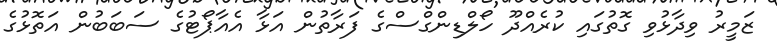
ޒަމީރު ވިދާޅުވި ގޮތުގައި ކުރެއްދޫ ހޯލްޑިންގްސްގެ ފަރާތުން އަޅާ އެއާޕޯޓުގެ ސަބަބުން އަތޮޅުގެ